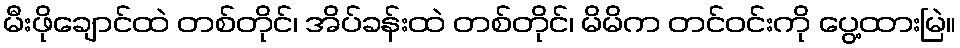
မီးဖိုချောင်ထဲ တစ်တိုင်၊ အိပ်ခန်းထဲ တစ်တိုင်၊ မိမိက တင်ဝင်းကို ပွေ့ထားမြဲ။